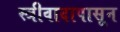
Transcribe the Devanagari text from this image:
स्त्रीवादापासून